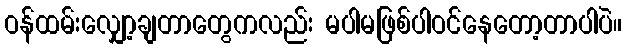
ဝန်ထမ်းလျှော့ချတာတွေကလည်း မပါမဖြစ်ပါဝင်နေတော့တာပါပဲ။